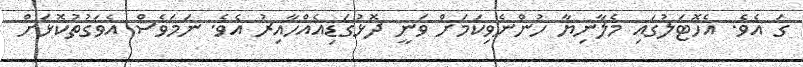
ގަ އެވެ. އެހޮޓަލުގައި މެލާނިޔާ ހުންނެވިކަމަށް ވަނީ ދޮޅުގަޑިއެއްހާއިރު އެވެ. ނަމަވެސް އެވަގުތުކޮޅަށް